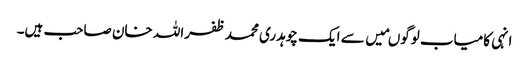
انہی کامیاب لوگوںمیں سے ایک چوہدری محمد ظفراللہ خان صاحب ہیں۔